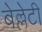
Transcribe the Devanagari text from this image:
बेल्लेटी